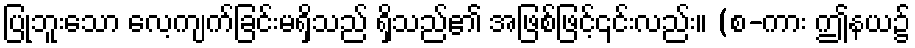
ပြုဘူးသော လေ့ကျက်ခြင်းမရှိသည် ရှိသည်၏ အဖြစ်ဖြင့်၎င်းလည်း။ (စ-ကား ဤနယ၌